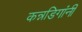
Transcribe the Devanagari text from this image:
कन्नडिगांनी